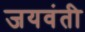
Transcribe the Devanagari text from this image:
जयवंती